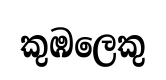
කුඹලෙකු